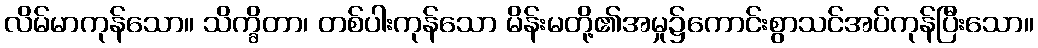
လိမ်မာကုန်သော။ သိက္ခိတာ၊ တစ်ပါးကုန်သော မိန်းမတို့၏အမှု၌ကောင်းစွာသင်အပ်ကုန်ပြီးသော။